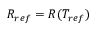
R _ { r e f } = R ( T _ { r e f } )